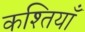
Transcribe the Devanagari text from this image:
कश्तियाँ